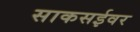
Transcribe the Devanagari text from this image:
साकसईवर